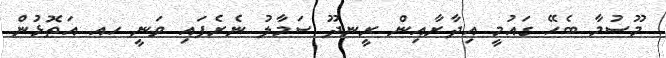
މޫސުމާ ބެހޭ ގައުމީ އިދާރާއިން ރީނދޫ ސަމާލު ނެރެފައި ވަނީ ހއ އަތޮޅުން